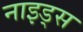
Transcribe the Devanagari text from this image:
नाइड्स